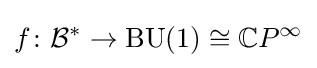
f\colon {\mathcal {B}}^{*}\rightarrow \operatorname {BU} (1)\cong \mathbb {C} P^{\infty }